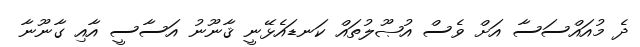
ދެ މުއައްސަސާ އަށް ވެސް އުޞޫލުތައް ކަނޑައެޅޭނީ ޤާނޫނު އަސާސީ އާއި ގާނޫނާ